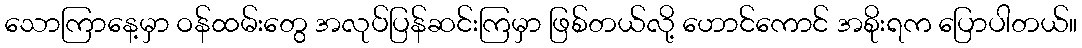
သောကြာနေ့မှာ ဝန်ထမ်းတွေ အလုပ်ပြန်ဆင်းကြမှာ ဖြစ်တယ်လို့ ဟောင်ကောင် အစိုးရက ပြောပါတယ်။